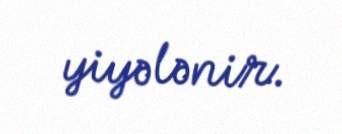
yiyələnir.